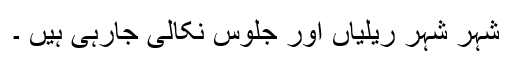
شہر شہر ریلیاں اور جلوس نکالی جارہی ہیں ۔